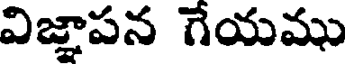
విజ్ఞాపన గేయము